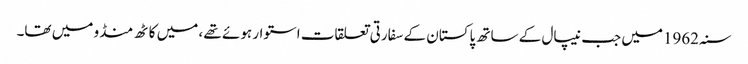
سنہ 1962میں جب نیپال کے ساتھ پاکستان کے سفارتی تعلقات استوار ہوئے تھے ، میں کاٹھ منڈو میں تھا۔